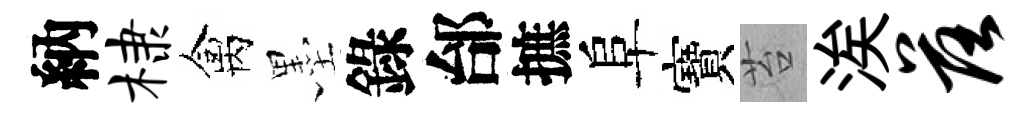
納棣禽墨錄邰摭阜寶苔涘落